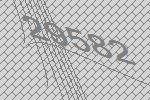
29582